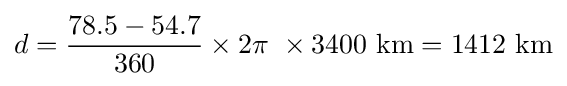
d={\frac {78.5-54.7}{360}}\times 2\pi \ \times 3400{\mbox{ km}}=1412{\mbox{ km}}